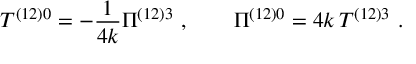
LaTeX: T ^ { \left( 1 2 \right) 0 } = - \frac { 1 } { 4 k } \Pi ^ { \left( 1 2 \right) 3 } \ , \qquad \Pi ^ { ( 1 2 ) 0 } = 4 k \, T ^ { ( 1 2 ) 3 } \ .